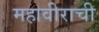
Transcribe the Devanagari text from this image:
महावीराची